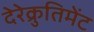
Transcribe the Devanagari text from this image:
देरेक्रुतिमेंट